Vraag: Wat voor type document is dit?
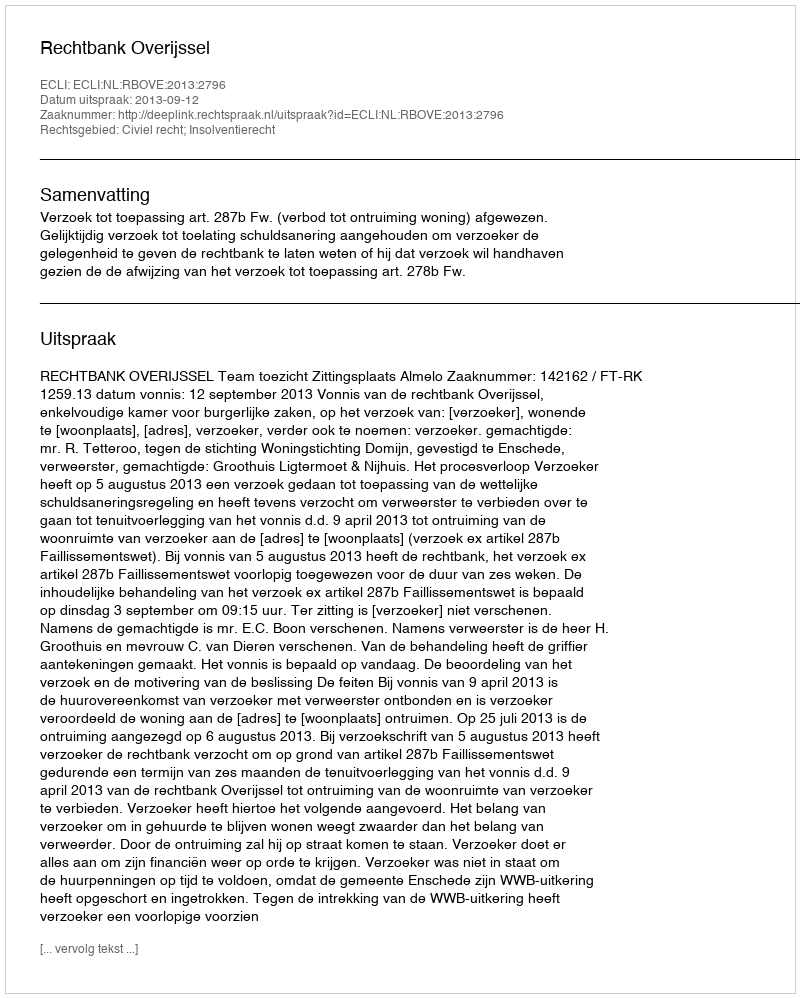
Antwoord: Uitspraak